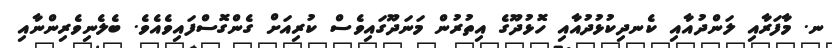
ނ. މާފަރާއި ލަންދުއާއި ކެނދިކުޅުދުއާއި ހޮޅުދޫގެ އިތުރުން މަނަދޫގައިވެސް ކުރިއަށް ގެންގޮސްފައިވެއެވެ. ބެލެނިވެރިންނާއި